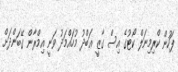
ފަހުން ކްރިމިނަލް ކޯޓުގެ އިސް ގާޒީ ޢަބްދު މުހައްމަދު ވަނީ އިމްރާން ގޭބަންދަށް